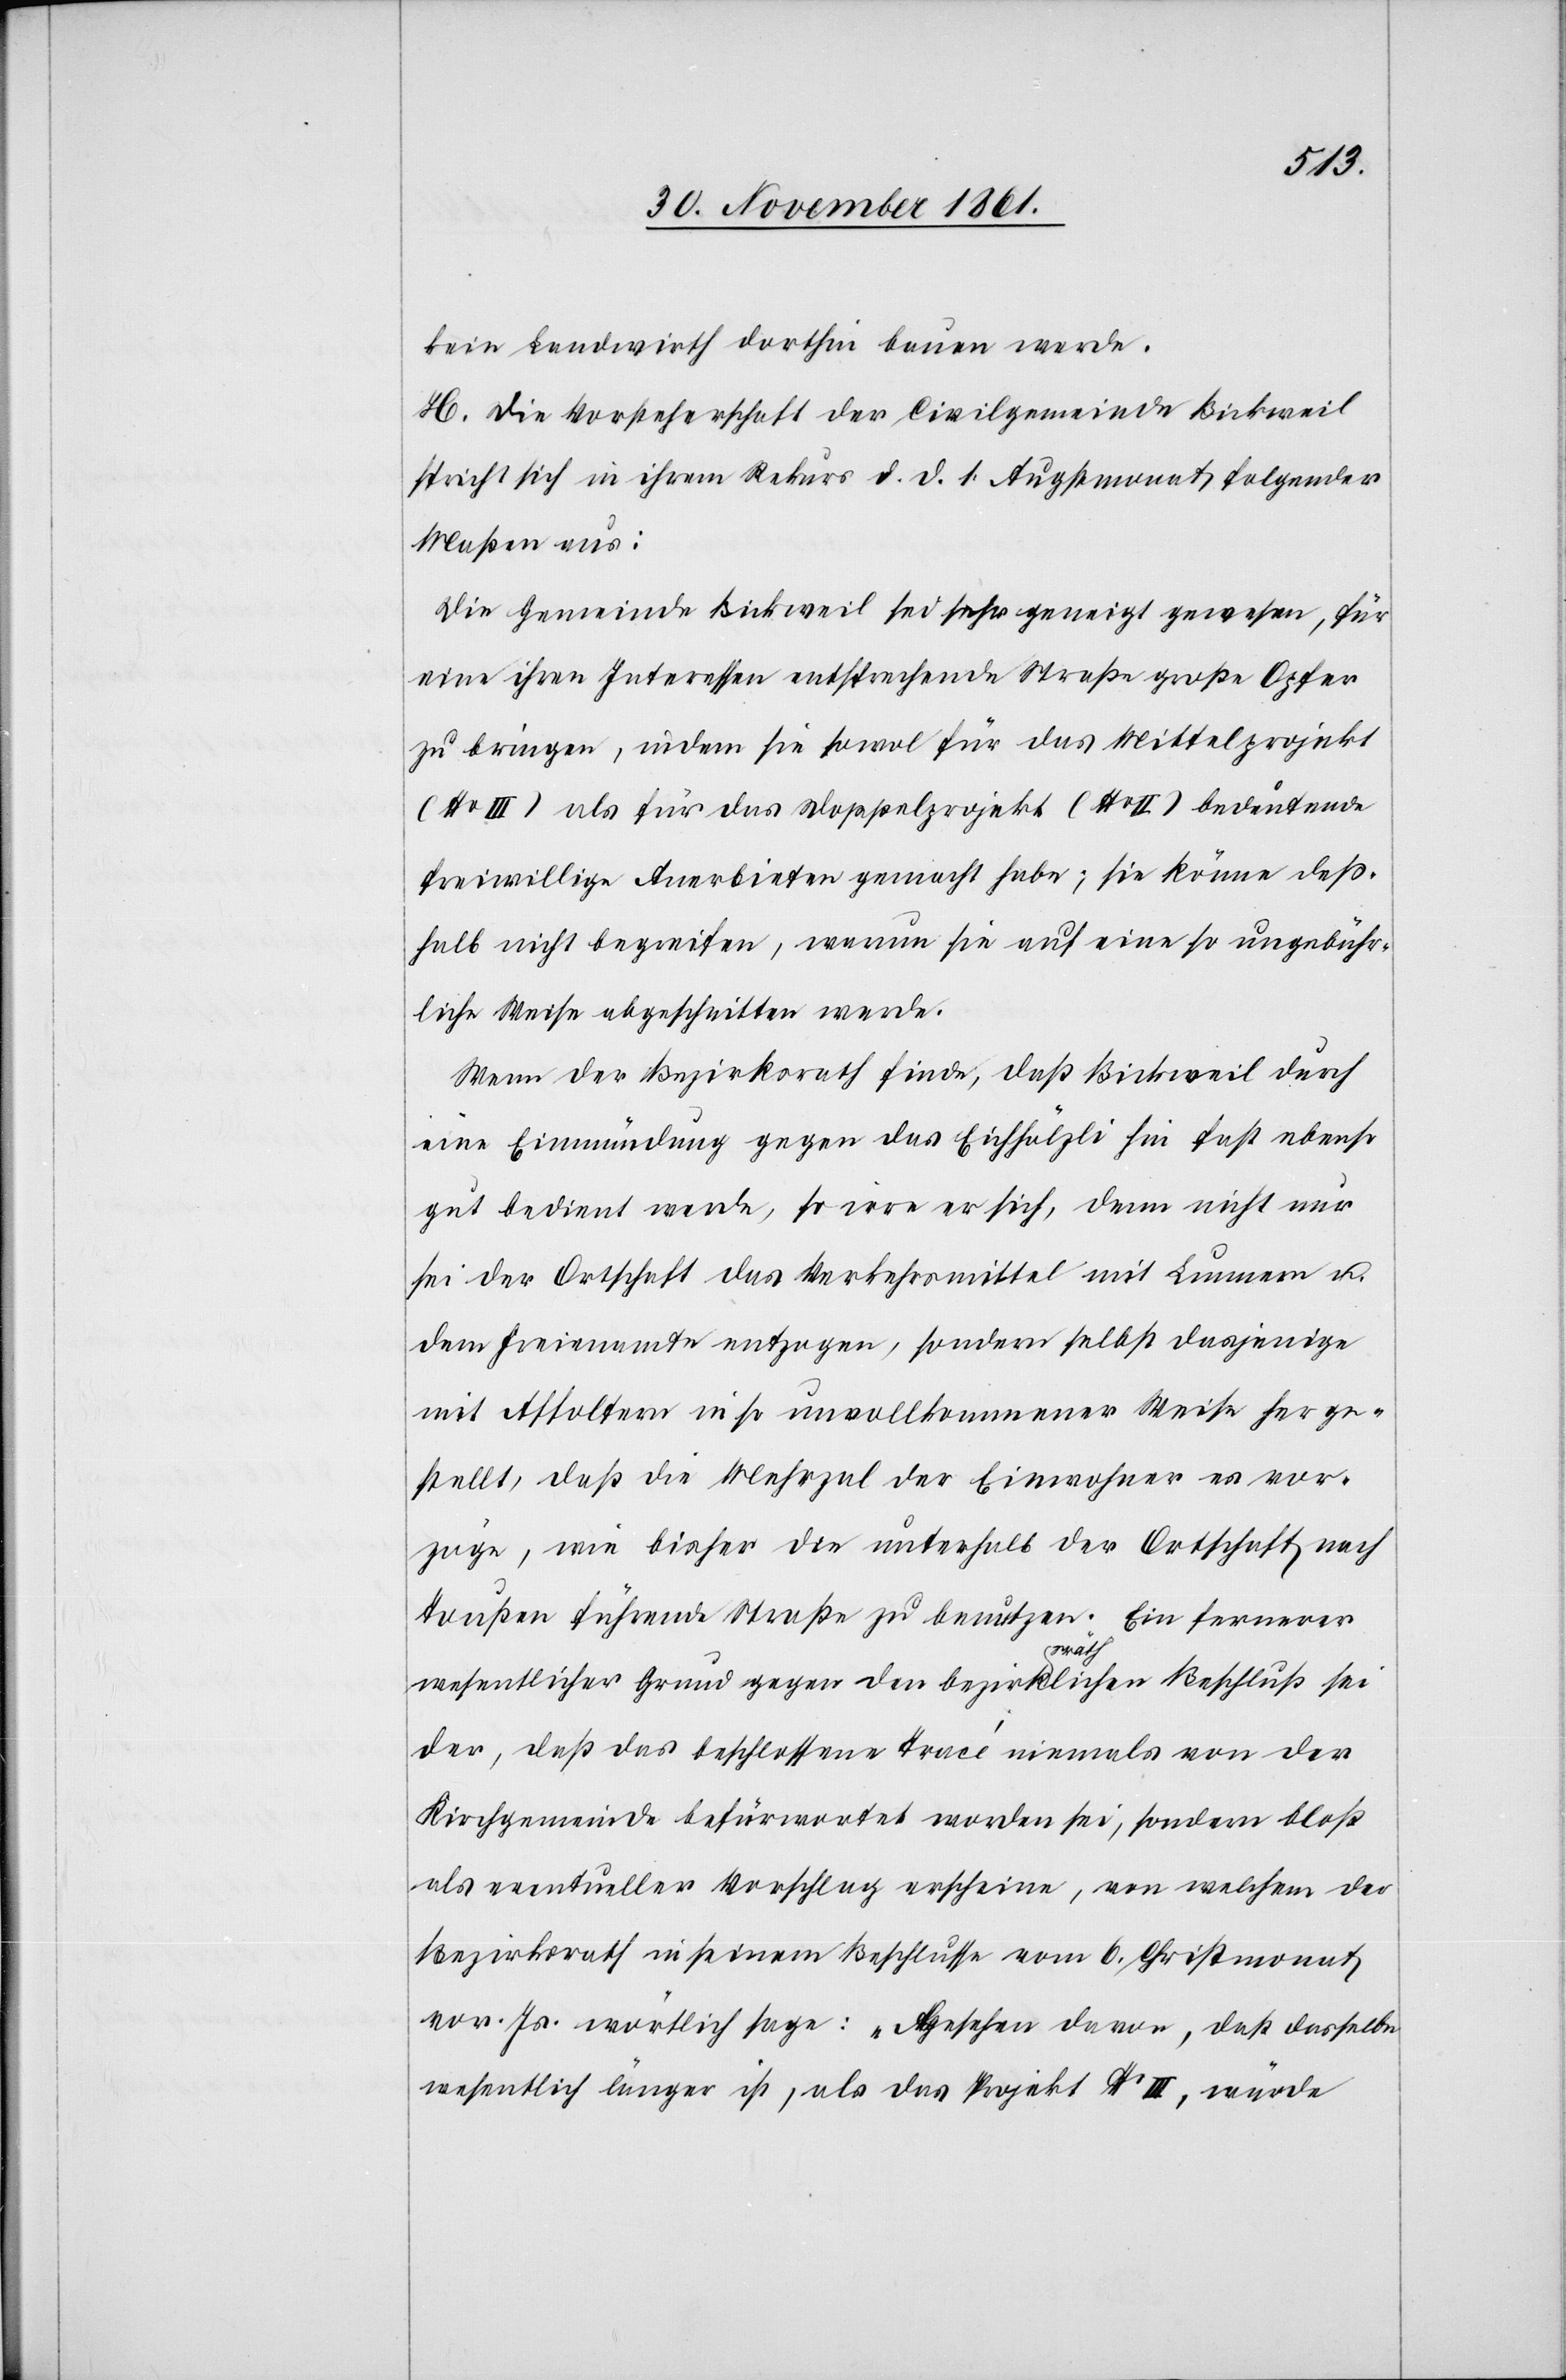
kein Landwirth dorthin bauen werde.
H. Die Vorsteherschaft der Civilgemeinde Bickweil
spricht sich in ihrem Rekurs d. d. 1 Augstmonat folgender
Maßen aus:
Die Gemeinde Bickweil sei sehr geneigt gewesen, für
eine ihren Interessen entsprechende Straße große Opfer
zu bringen, indem sie sowol für das Mittelprojekt
(No III) als für das Doppelprojekt (No II) bedeutende
freiwillige Anerbieten gemacht habe; sie könne deß¬
halb nicht begreifen, warum sie auf eine so ungebühr¬
liche Weise abgeschnitten werde.
Wenn der Bezirksrath finde, daß Bickweil durch
eine Einmündung gegen das Eichhölzli hin fast ebenso
gut bedient werde, so irre er sich, denn nicht nur
sei der Ortschaft das Verkehrsmittel mit Lunnern u.
dem Freienamte entzogen, sondern selbst dasjenige
mit Affoltern in so unvollkommener Weise herge¬
stellt, daß die Mehrzal der Einwohner es vor¬
zöge, wie bisher die unterhalb der Ortschaft nach
Toußen führende Straße zu benutzen. Ein fernerer
wesentlicher Grund gegen den bezirksräthlichen Beschluß sei
der, daß das beschlossene Tracé niemals von der
Kirchgemeinde befürwortet worden sei, sondern bloß
als eventueller Vorschlag erscheine, von welchem der
Bezirksrath in seinem Beschlusse vom 6 Christmonat
vor. Js. wörtlich sage: „Abgesehen davon, daß dasselbe
wesentlich länger ist, als das Projekt No III, würde